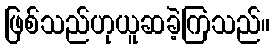
ဖြစ်သည်ဟုယူဆခဲ့ကြသည်။